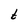
Character: t